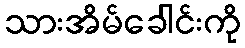
သားအိမ်ခေါင်းကို